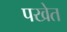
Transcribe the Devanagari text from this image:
पखेत